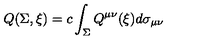
Q ( \Sigma , \xi ) = c \int _ { \Sigma } Q ^ { \mu \nu } ( \xi ) d \sigma _ { \mu \nu }